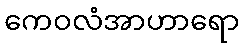
ကေဝလံအာဟာရော